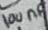
Text: 100nF